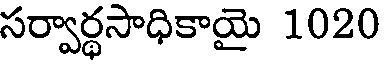
సర్వార్థసాధికాయై 1020